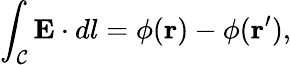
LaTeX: \int_{\mathcal{C}}{\mathbf E}\cdot dl=\phi({\mathbf r})-\phi({\mathbf r^{\prime}}),